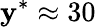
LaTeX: \mathbf{y}^{*}\approx30